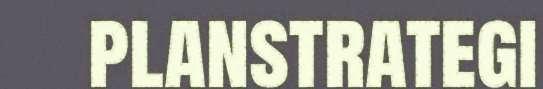
planstrategi